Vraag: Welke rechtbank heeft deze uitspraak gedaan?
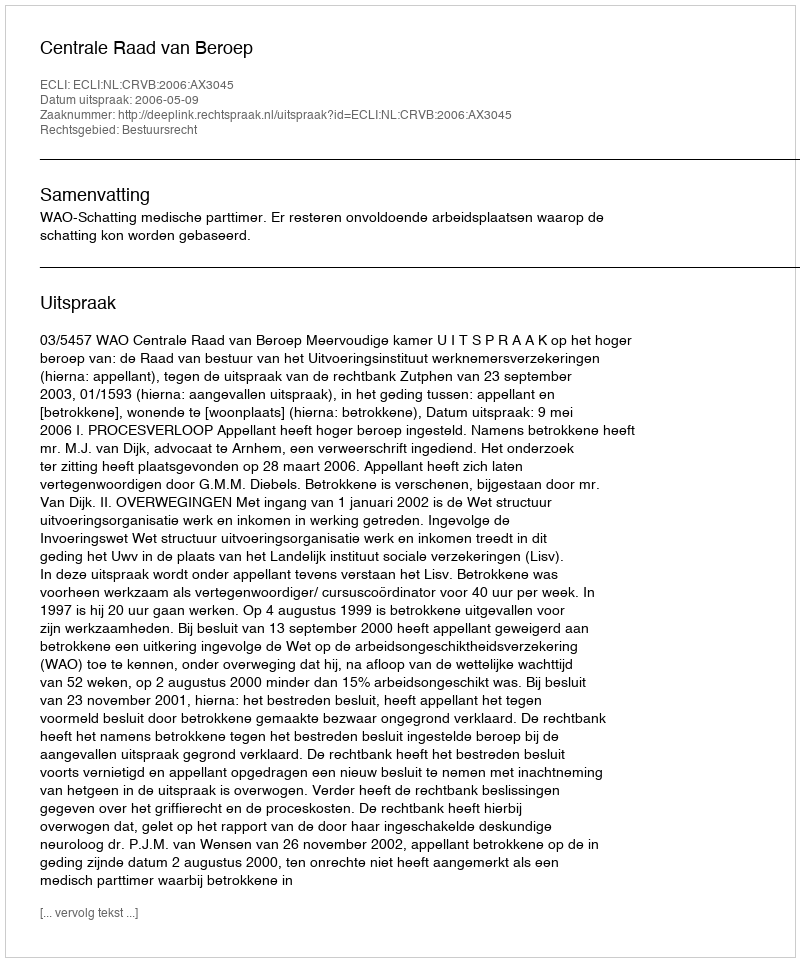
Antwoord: Centrale Raad van Beroep